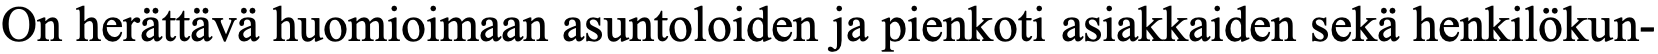
On herättävä huomioimaan asuntoloiden ja pienkoti asiakkaiden sekä henkilökun-